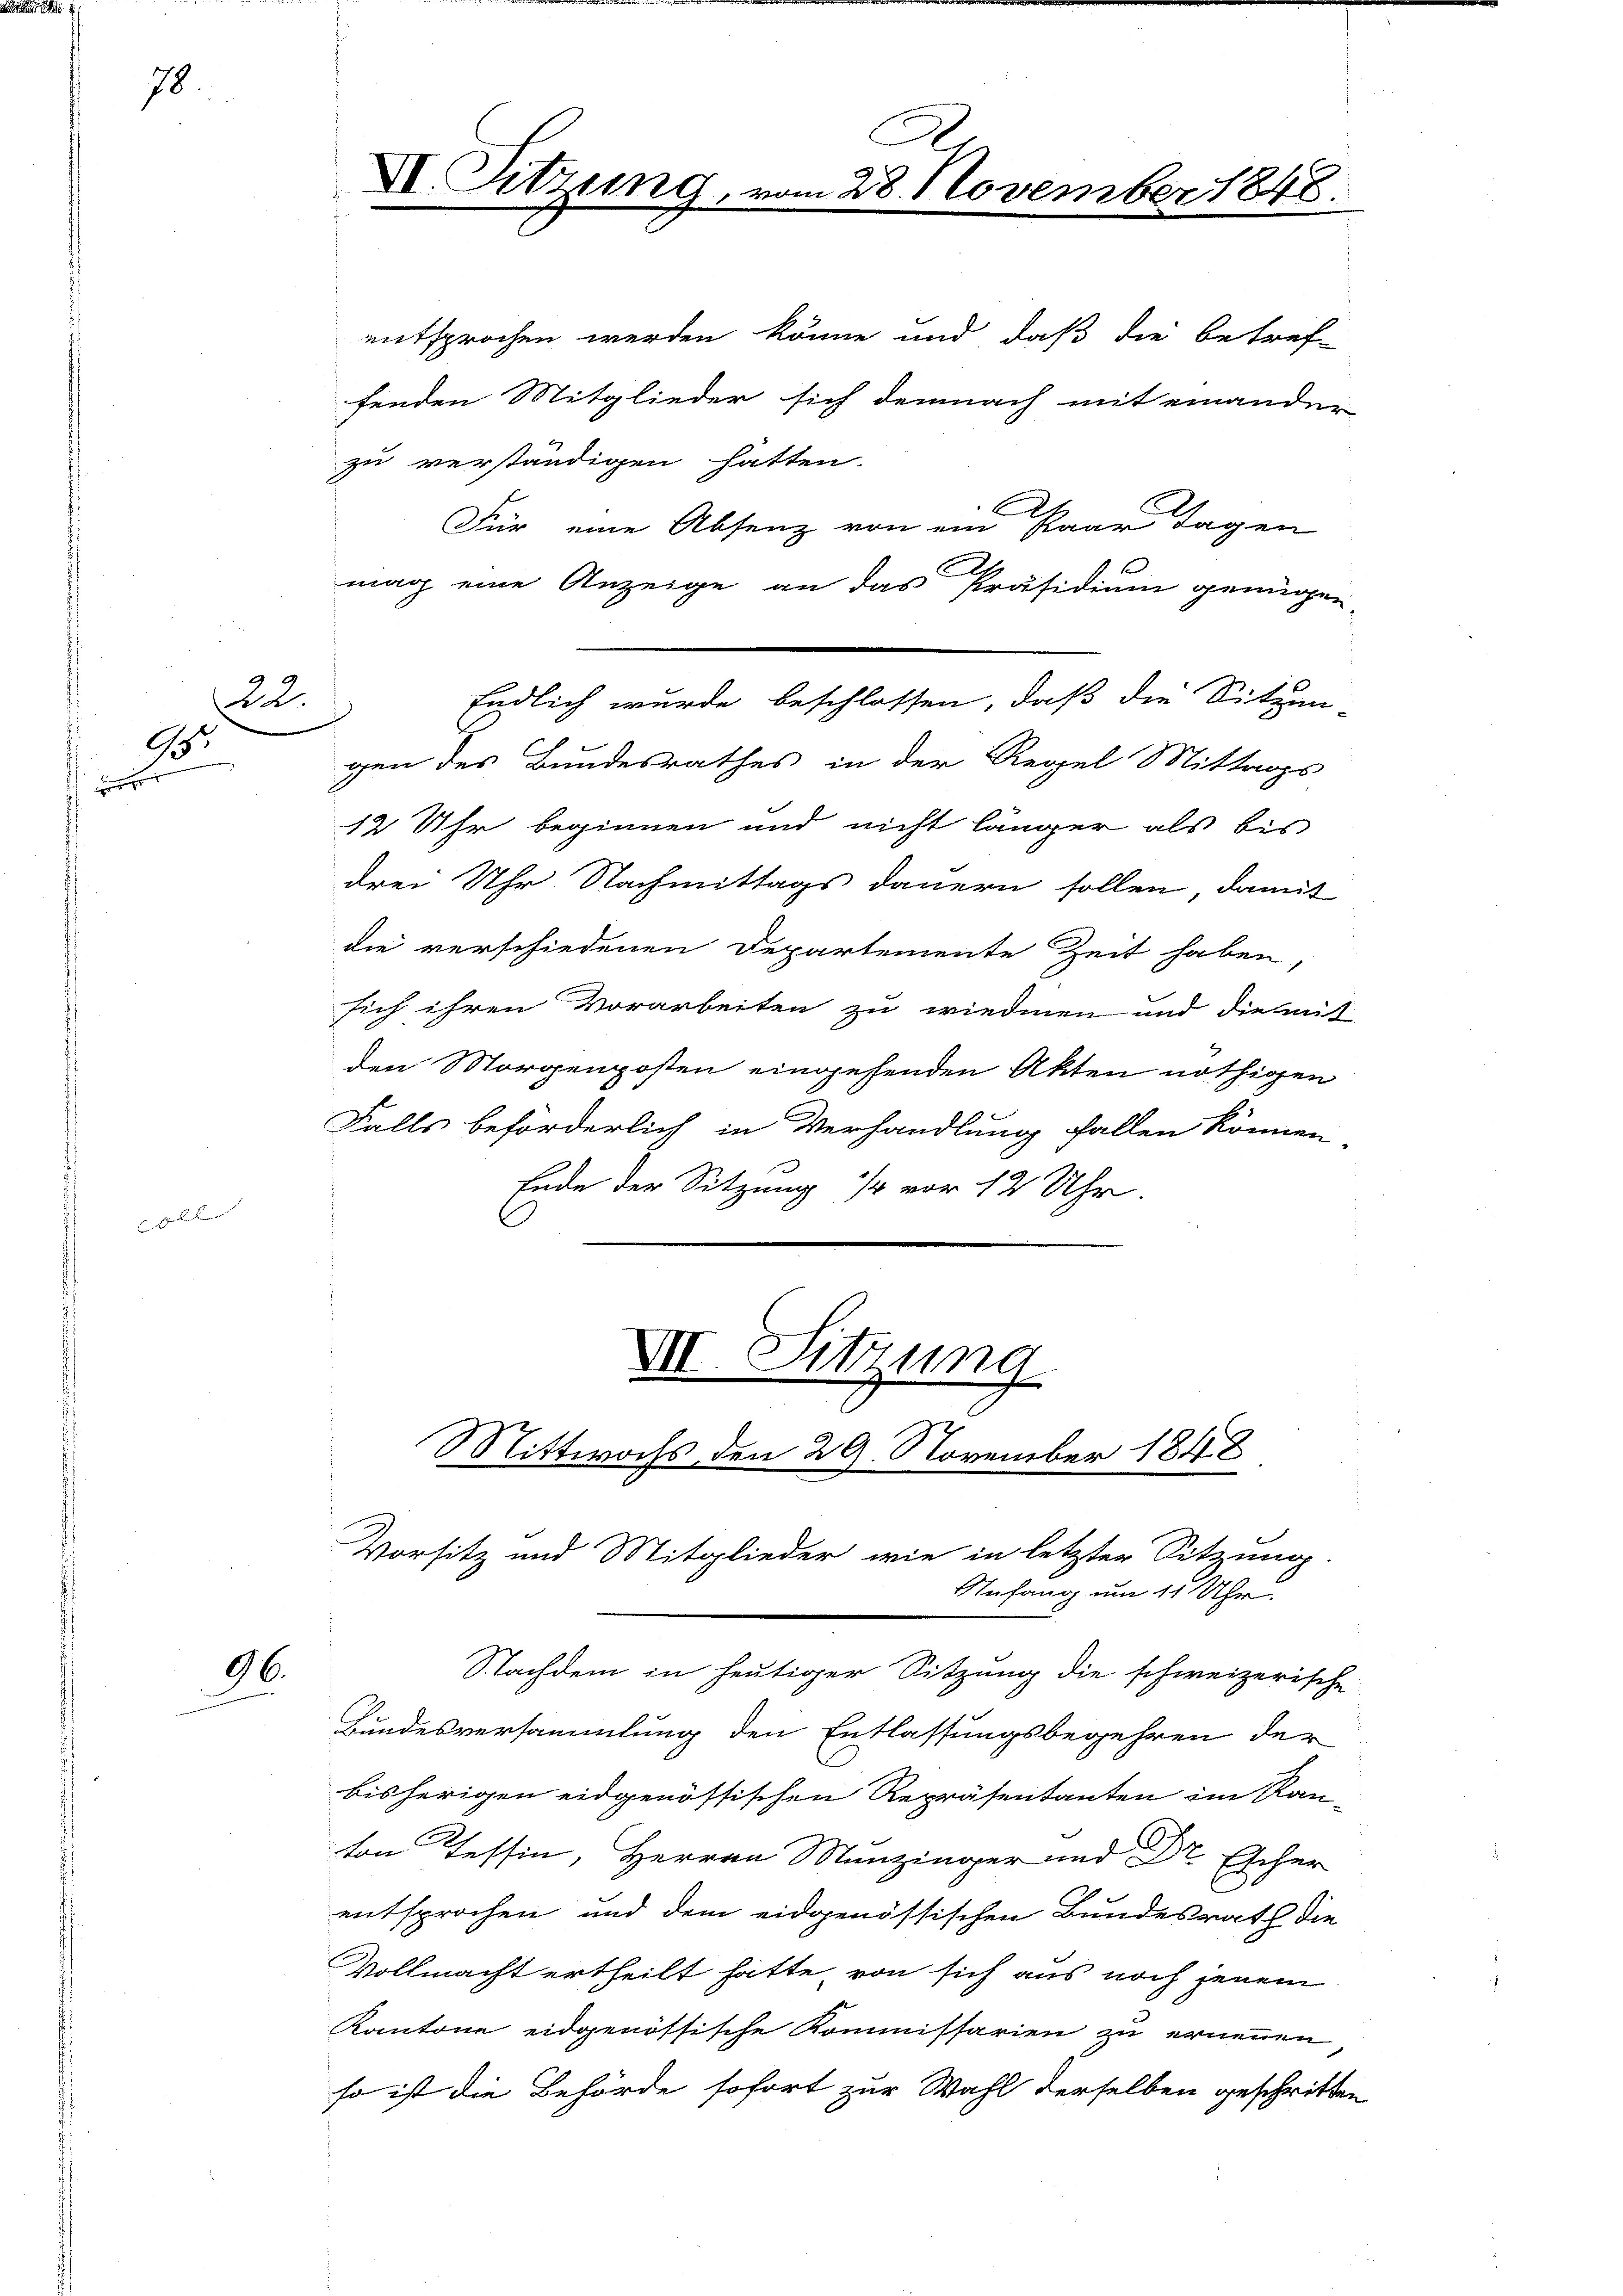
r

78

22.
95.
.

E sie bei der ein

96.

II. Sitzung

entsprochen werden könne und daß die betref-
fenden Mitglieder sich demnach mit einander
zu verständigen hatten.
Für eine Absenz von ein Paar Tagen
mag eine Anzeige an das Präsidium genügen
gen des Bundesrathes in der Regel Mittags
12 Uhr beginnen und nicht länger als bis
drei Uhr Nachmittags dauern sollen, damit
die verschiedenen Departemente Zeit haben,
sich ihren Vorarbeiten zu wiedmen und die mit
den Morgenposten eingehenden Akten nöthigen
Falls beförderlich in Verhandlung fallen können
Ende der Sitzung 1/4 vor 12 Uhr.

VII. Sitzung
Mittwochs den 29. November 1848
Vorsitz und Mitglieder, wie in letzter Sitzung
Anfang um 11 Uhr.

e

Endlich wurde beschlossen, daß die Sitzun

n 28. November 1848.

Nachdem in heutiger Sitzung die schweizerische
Bundesversammlung den Entlassungsbegehren der
bisherigen eidgenössischen Repräsentanten im Ran-
von Tessin, Herren Münzinger und Dr Escher
entsprochen und dem eidgenössischen Bundesrath die
Vollmacht ertheilt hatte von sich aus noch jenem
Kantone eidgenössische Kommissarien zu ernennen
so ist die Behörde sofort zur Wahl derselben geschritten